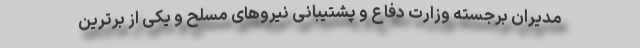
مدیران برجسته وزارت دفاع و پشتیبانی نیروهای مسلح و یکی از برترین